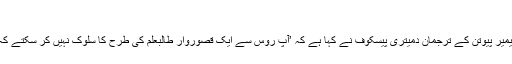
‘
اس امریکی بیان کے ردعمل میں روسی صدر ولادیمیر پیوتن کے ترجمان دمیتری پیسکوف نے کہا ہے کہ ’آپ روس سے ایک قصوروار طالبعلم کی طرح کا سلوک نہیں کر سکتے کہ جسے دکھانا ہو کہ اس نے گھر کا کام کر لیا ہے۔